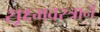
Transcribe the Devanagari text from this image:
सूक्ष्मवस्त्रानें